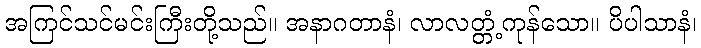
အကြင်သင်မင်းကြီးတို့သည်။ အနာဂတာနံ၊ လာလတ္တံ့ကုန်သော။ ပိပါသာနံ၊